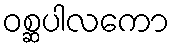
ဝစ္ဆပါလကော